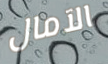
الآمال